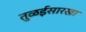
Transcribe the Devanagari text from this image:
तुळईसारखा